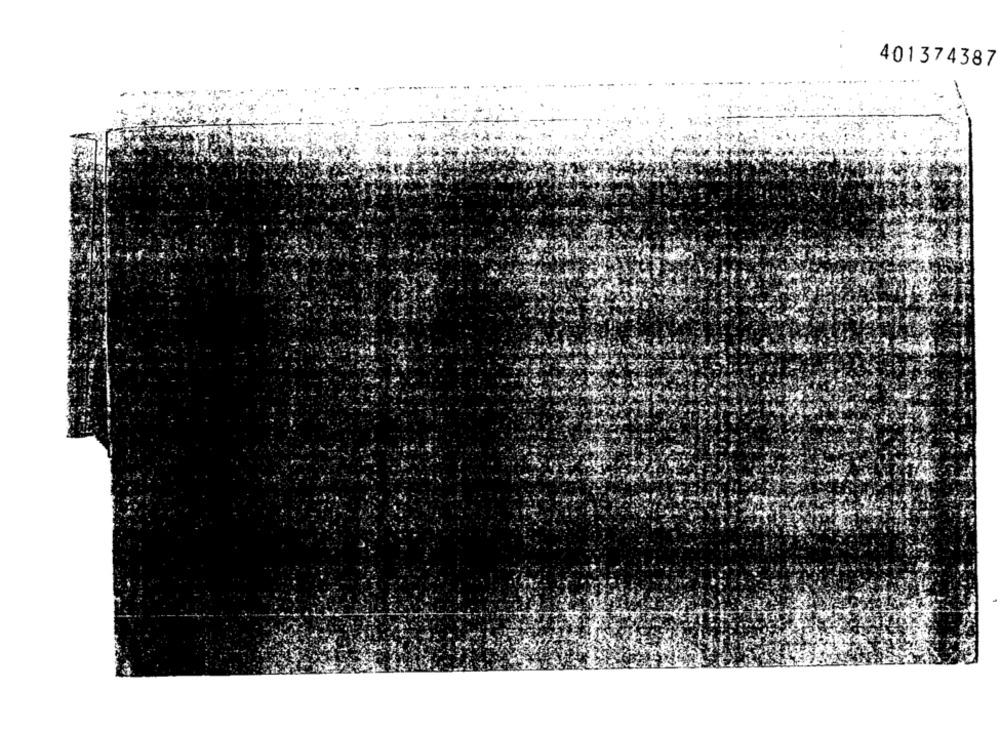
401374387